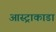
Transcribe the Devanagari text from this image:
आस्ट्राकाडा